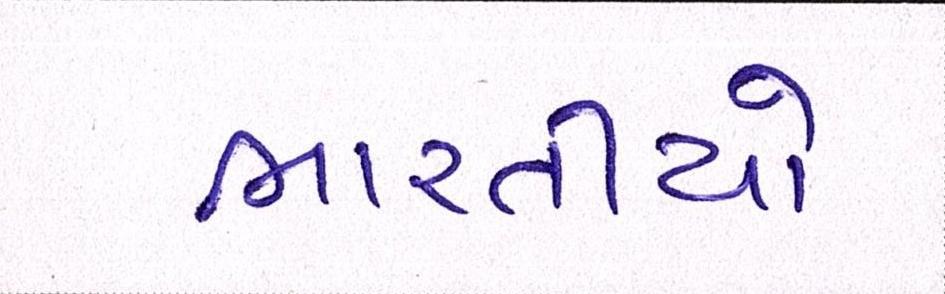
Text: ભારતીયો